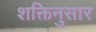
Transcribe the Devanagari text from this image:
शक्तिनुसार